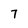
Character: 7